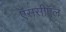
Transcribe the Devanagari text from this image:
ऍससीऍल